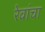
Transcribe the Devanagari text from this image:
रेवांचा